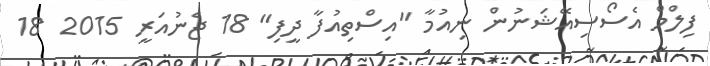
ފިލްމް އެސޯސިއޭޝަނުން ނިއުމާ "އިސްތިއުފާ ދީފި" 18 ޖެނުއަރީ 2015 18